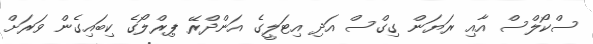
ސްކޯލްސް އާއި ރަޔަން ގިގްސް އަދި އިޓަލީގެ އަންދްރޭ ޕިރްލޯގެ ކިބައިގެން ވަރަށް